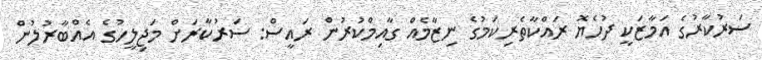
ސަރުކާރުގެ އަމާޒަކީ ދުހެޔޮ ރައްކާތެރިކަމުގެ ނިޒާމެއް ގާއިމްކުރުން ރައީސް: ސަރުކާރަށް މަޖިލީހުގެ އެއްބާރުލުން